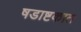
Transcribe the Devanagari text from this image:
षडाष्टकात